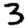
Digit: 3